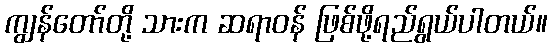
ကျွန်တော်တို့ သားက ဆရာဝန် ဖြစ်ဖို့ရည်ရွယ်ပါတယ်။